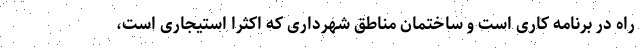
راه در برنامه کاری است و ساختمان مناطق شهرداری که اکثرا استیجاری است،